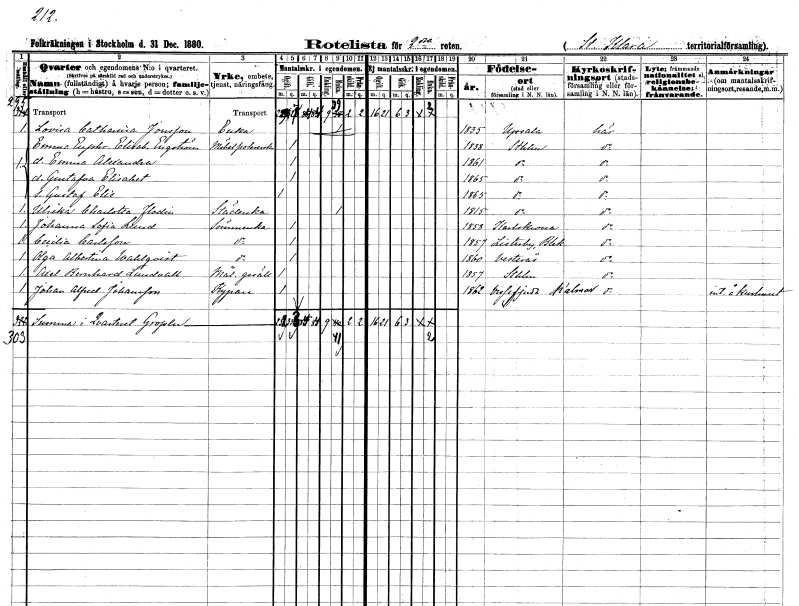
gt_parse: households: individuals: FN: Lovisa Catharina
EN: Jonsson
YRKE: Änka
KON: K
CIV: E
FODAR: 1835
FODFORS: Uppsala Uppsala län
FN: Emma Euphrosyne Elisabet
EN: Engström
YRKE: Möbelpolererska
KON: K
CIV: O
FODAR: 1838
FODFORS: Stockholm
FN: Emma Alexandra
KON: K
CIV: O
FODAR: 1861
FODFORS: Stockholm
FN: Gustafva Elisabet
KON: K
CIV: O
FODAR: 1865
FODFORS: Stockholm
FN: Gustaf Elis
KON: M
CIV: O
FODAR: 1865
FODFORS: Stockholm
FN: Ulrika Charlotta
EN: Flodin
YRKE: Städerska
KON: K
CIV: E
FODAR: 1815
FODFORS: Stockholm
FN: Johanna Sofia
EN: Lund
YRKE: Sömmerska
KON: K
CIV: O
FODAR: 1858
FODFORS: Karlskrona Blekinge län
FN: Cecilia
EN: Carlsson
YRKE: Sömmerska
KON: K
CIV: O
FODAR: 1857
FODFORS: Listerby Blekinge län
FN: Olga Albertina
EN: Wahlqvist
YRKE: Sömmerska
KON: K
CIV: O
FODAR: 1860
FODFORS: Västerås Västmanlands län
FN: Axel Bernhard
EN: Lundvall
YRKE: Målaregesäll
KON: M
CIV: O
FODAR: 1857
FODFORS: Stockholm
FN: Johan Alfred
EN: Johansson
YRKE: Kypare
KON: M
CIV: O
FODAR: 1862
FODFORS: Vissefjärda Kalmar län